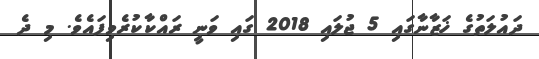
ދައުލަތުގެ ޚަޒާނާގައި 5 ޖުލައި 2018 ގައި ވަނީ ރައްކާކުރެވިފައެވެ. މި ދެ